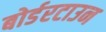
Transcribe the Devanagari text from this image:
बोर्डरटाउन